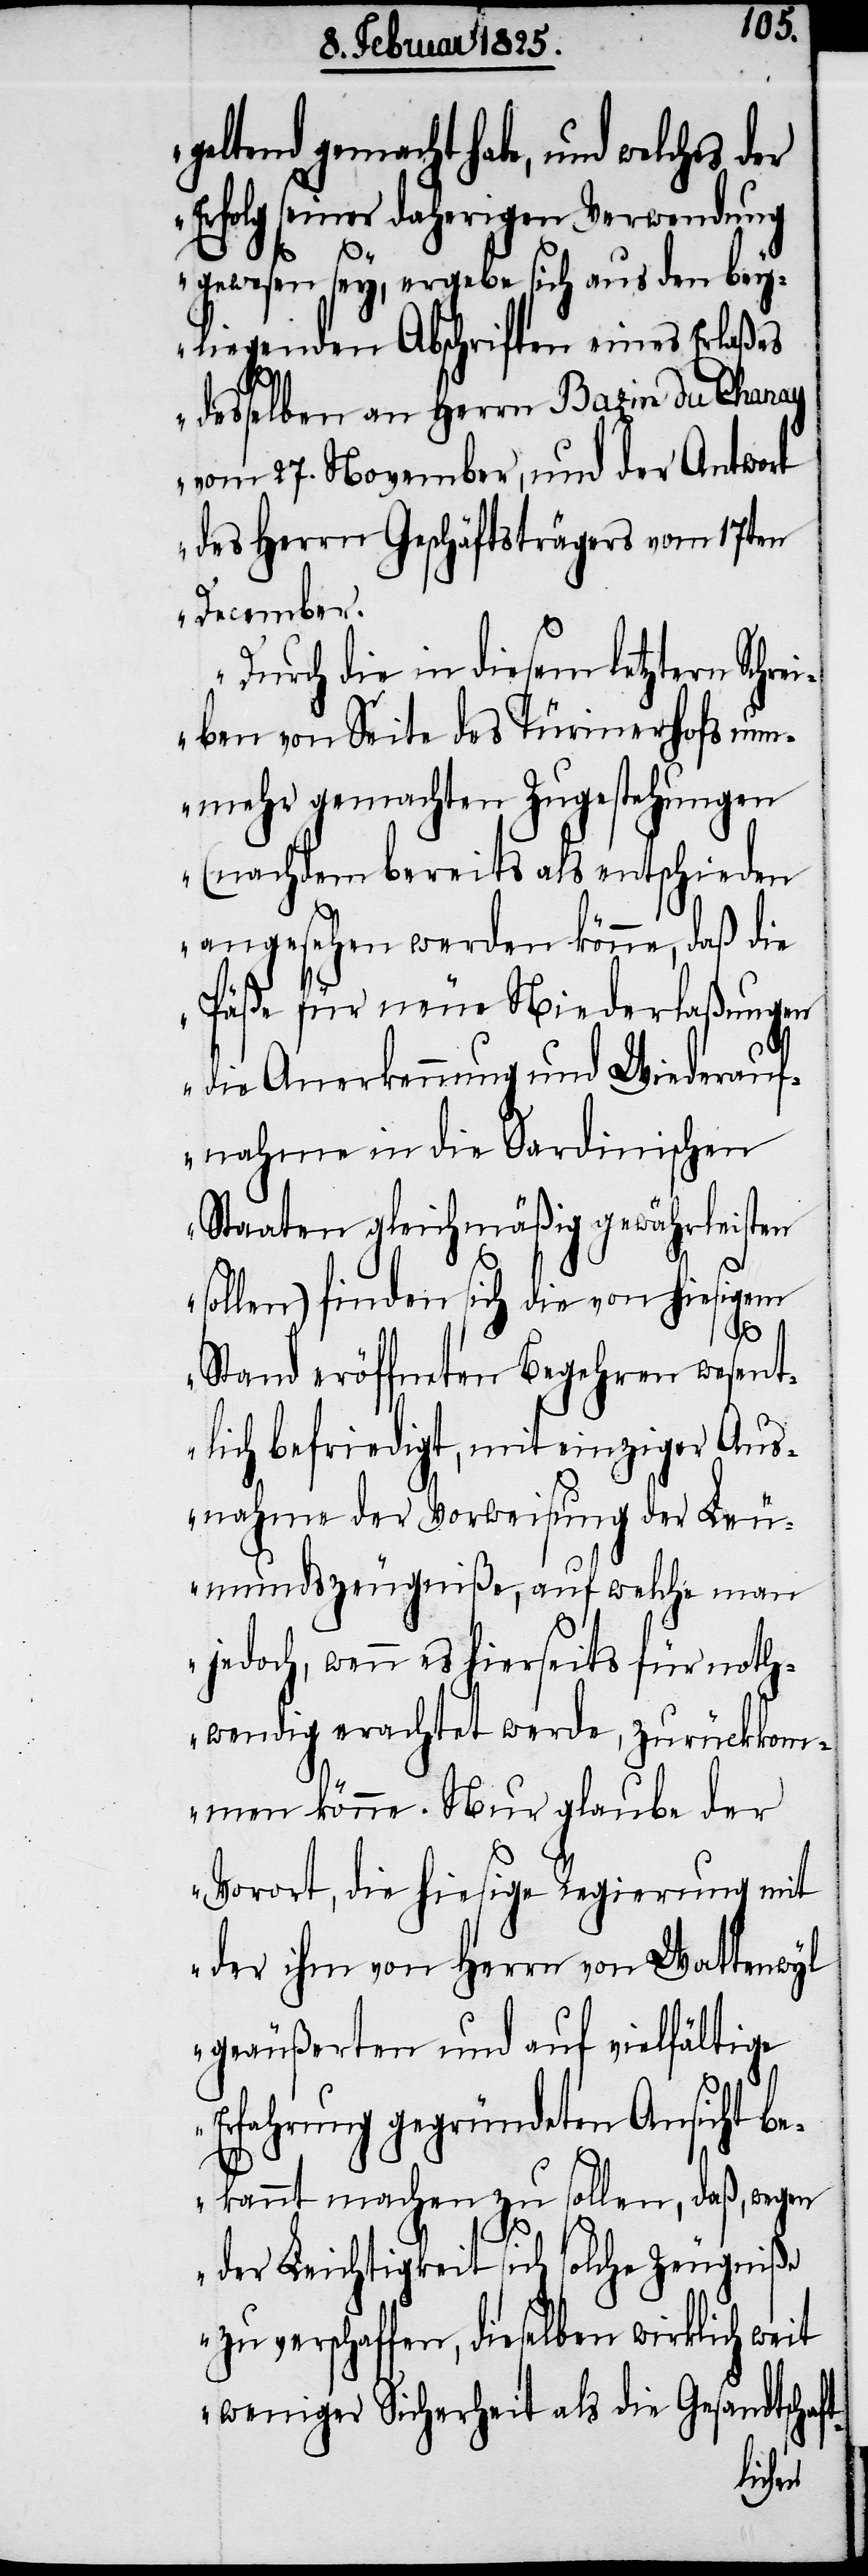
geltend gemacht habe, und welches der
Erfolg seiner daherigen Verwendung
ft-
gewesen sey, ergebe sich aus den bey¬
liegenden Abschriften eines Erlaßes
desselben an Herrn Bazin du Chanay
vom 27. November, und der Antwort
des Herrn Geschäftsträgers vom 17ten
December.
Durch die in diesem letztern Schr¬
eiben von Seite des Türinerhofs nun¬
mehr gemachten Zugestehungen
(nachdem bereits als entschieden
angesehen werden könne, daß die
Päße für neue Niederlaßungen
die Anerkennung und Wiederauf¬
nahme in die Sardinischen
Staaten gleichmäßig gewährleisten
sollen) finden sich die von hiesigem
Stand eröffneten Begehren wesent¬
lich befriedigt, mit einziger Aus¬
nahme der Vorweisung der Leu¬
mundszeugniße, auf welche man
jedoch, wenn es hierseits für noth¬
wendig erachtet werde, zurückkom¬
men könne. Nur glaube der
Vorort, die hiesige Regierung mit
der ihm von Herrn von Wattenwyl
geäußerten und auf vielfältige
Erfahrung gegründeten Ansicht be¬
kannt machen zu sollen, daß, wegen
der Leichtigkeit sich solche Zeugniße
zu verschaffen, dieselben wirklich weit
weniger Sicherheit als die Gesandtscha¬